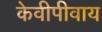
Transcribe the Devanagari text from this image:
केवीपीवाय